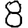
Digit: 8